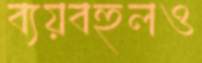
ব্যয়বহুলও